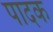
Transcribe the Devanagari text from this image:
पादक